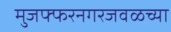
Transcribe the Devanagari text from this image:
मुजफ्फरनगरजवळच्या